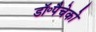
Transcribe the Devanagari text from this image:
डॉ॰पैचेको